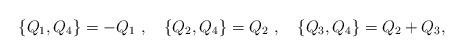
LaTeX: \begin{align*}\{Q_1,Q_4\}=-Q_1~,~~~ \{Q_2,Q_4\}=Q_2~,~~~\{Q_3,Q_4\}=Q_2+Q_3 ,\end{align*}